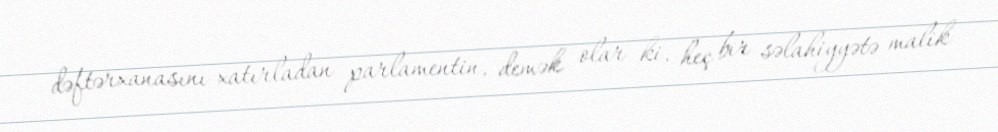
dəftərxanasını xatırladan parlamentin, demək olar ki, heç bir səlahiyyətə malik